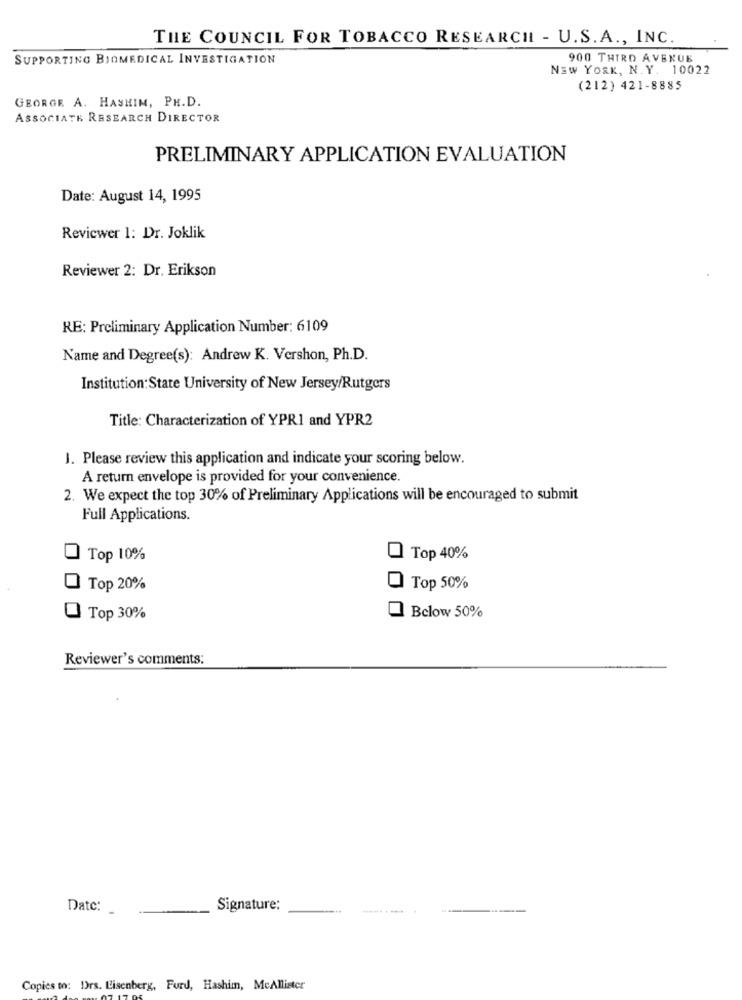
THE COUNCIL FOR TOBACCO RESEARCH - U.S. A ., INC.
SUPPORTING BIOMEDICAL INVESTIGATION
900 THIRD AVENUE
NEW YORK, N.Y. 10022
(212) 421-8885
GEORGE A. HASHIM, PH.D.
ASSOCIATE RESEARCH DIRECTOR
PRELIMINARY APPLICATION EVALUATION
Date: August 14, 1995
Reviewer 1: Dr. Joklik
Reviewer 2: Dr. Erikson
RE: Preliminary Application Number: 6109
Name and Degree(s): Andrew K. Vershon, Ph.D.
Institution:State University of New Jersey/Rutgers
Title: Characterization of YPRI and YPR2
J. Please review this application and indicate your scoring below.
A return envelope is provided for your convenience.
2. We expect the top 30% of Preliminary Applications will be encouraged to submit
Full Applications.
Top 10%
Top 40%
Top 20%
Top 50%
Top 30%
Below 50%
Reviewer's comments:
Date:
Signature:
-------
Copies to: Drs. Eisenberg, Furd, Hashim, McAllister